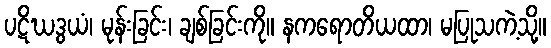
ပဋိဃဒွယံ၊ မုန်းခြင်း၊ ချစ်ခြင်းကို။ နကရောတိယထာ၊ မပြုသကဲ့သို့။